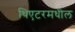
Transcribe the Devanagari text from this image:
थिएटरमधील